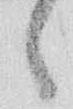
々